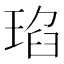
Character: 𤦆